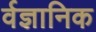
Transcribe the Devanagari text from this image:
र्वज्ञानिक